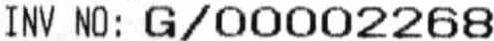
INV NO : G/00002268